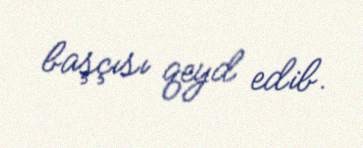
başçısı qeyd edib.